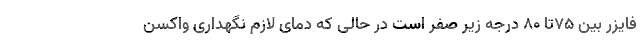
فایزر بین ۷۵تا ۸۰ درجه زیر صفر است در حالی که دمای لازم نگهداری واکسن